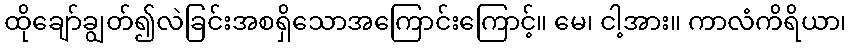
ထိုချော်ချွတ်၍လဲခြင်းအစရှိသောအကြောင်းကြောင့်။ မေ၊ ငါ့အား။ ကာလံကိရိယာ၊